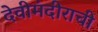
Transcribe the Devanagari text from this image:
देवीमंदीराची